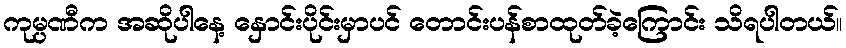
ကုမ္ပဏီက အဆိုပါနေ့ နှောင်းပိုင်းမှာပင် တောင်းပန်စာထုတ်ခဲ့ကြောင်း သိရပါတယ်။